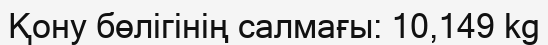
Қону бөлігінің салмағы: 10,149 kg